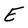
Character: E